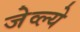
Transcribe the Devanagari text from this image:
जेव्ल्ये